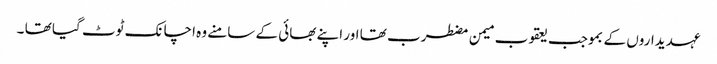
عہدیداروں کے بموجب یعقوب میمن مضطرب تھا اور اپنے بھائی کے سامنے وہ اچانک ٹوٹ گیا تھا ۔